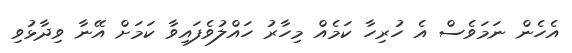
އެހެން ނަމަވެސް އެ ހުރިހާ ކަމެއް މިހާރު ހައްލުވެފައިވާ ކަމަށް އޭނާ ވިދާޅުވި